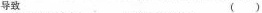
导致( )